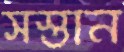
সস্তান